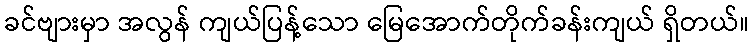
ခင်ဗျားမှာ အလွန် ကျယ်ပြန့်သော မြေအောက်တိုက်ခန်းကျယ် ရှိတယ်။